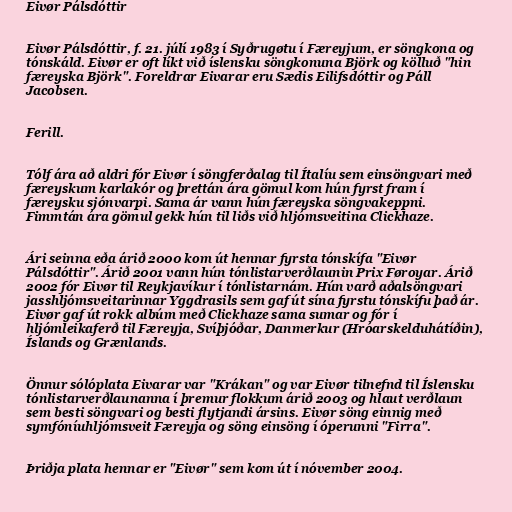
Eivør Pálsdóttir

Eivør Pálsdóttir, f. 21. júlí 1983 í Syðrugøtu í Færeyjum, er söngkona og
tónskáld. Eivør er oft líkt við íslensku söngkonuna Björk og kölluð "hin
færeyska Björk". Foreldrar Eivarar eru Sædis Eilifsdóttir og Páll
Jacobsen.

Ferill.

Tólf ára að aldri fór Eivør í söngferðalag til Ítalíu sem einsöngvari með
færeyskum karlakór og þrettán ára gömul kom hún fyrst fram í
færeysku sjónvarpi. Sama ár vann hún færeyska söngvakeppni.
Fimmtán ára gömul gekk hún til liðs við hljómsveitina Clickhaze.

Ári seinna eða árið 2000 kom út hennar fyrsta tónskífa "Eivør
Pálsdóttir". Árið 2001 vann hún tónlistarverðlaunin Prix Føroyar. Árið
2002 fór Eivør til Reykjavíkur í tónlistarnám. Hún varð aðalsöngvari
jasshljómsveitarinnar Yggdrasils sem gaf út sína fyrstu tónskífu það ár.
Eivør gaf út rokk albúm með Clickhaze sama sumar og fór í
hljómleikaferð til Færeyja, Svíþjóðar, Danmerkur (Hróarskelduhátíðin),
Íslands og Grænlands.

Önnur sólóplata Eivarar var "Krákan" og var Eivør tilnefnd til Íslensku
tónlistarverðlaunanna í þremur flokkum árið 2003 og hlaut verðlaun
sem besti söngvari og besti flytjandi ársins. Eivør söng einnig með
symfóníuhljómsveit Færeyja og söng einsöng í óperunni "Firra".

Þriðja plata hennar er "Eivør" sem kom út í nóvember 2004.